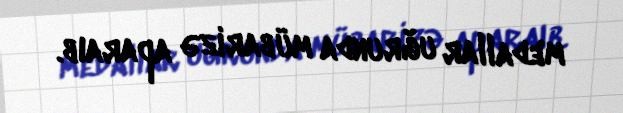
medallar uğrunda mübarizə aparaıb.